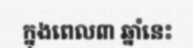
ក្នុងពេល៣ ឆ្នាំនេះ